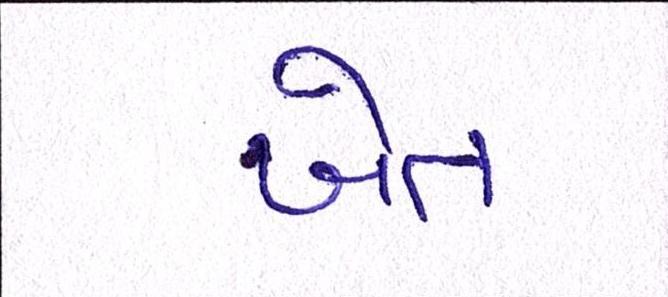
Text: ખેત